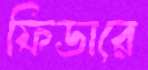
ফিডারে